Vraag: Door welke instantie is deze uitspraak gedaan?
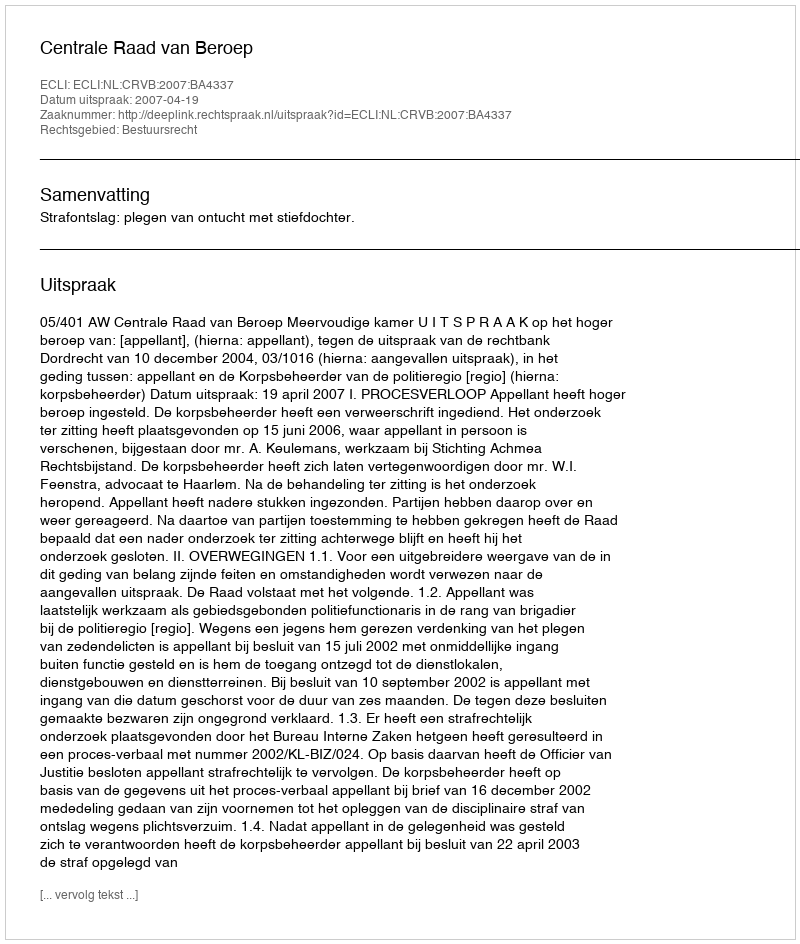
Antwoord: Centrale Raad van Beroep